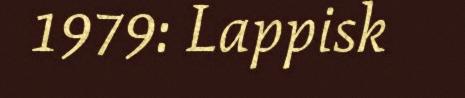
1979: Lappisk